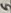
Text: 5